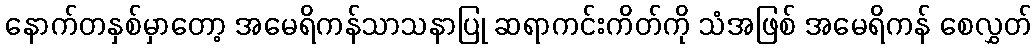
နောက်တနှစ်မှာတော့ အမေရိကန်သာသနာပြု ဆရာကင်းကိတ်ကို သံအဖြစ် အမေရိကန် စေလွှတ်